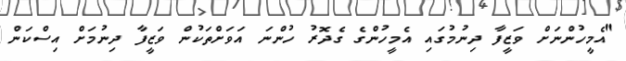
"އެމީހުންނަށް ވަޒީފާ ދިނުމުގައި އެމީހުންގެ ގެދޮރު ހުންނަ އަވަށްތަކުން ވަޒީފާ ދިނުމަށް އިސްކަން